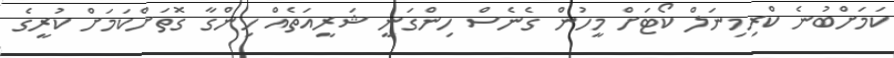
ކަމަށްބުނެ ކްރިމިނަލް ކޯޓަށް މީހުން ގެނެސް ހިންގަނީ ޝަރީއަތެއް ހިންގާ ގޮތަށްކަމަށް ކުރީގެ